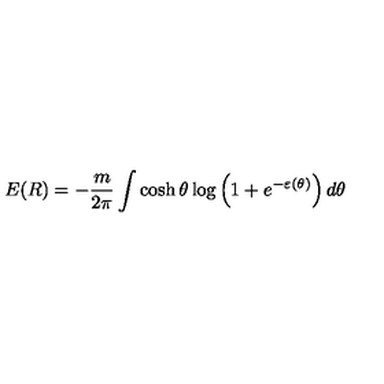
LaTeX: E ( R ) = - \frac m { 2 \pi } \int \cosh \theta \log \left( 1 + e ^ { - \varepsilon ( \theta ) } \right) d \theta